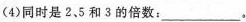
(4)同时是2，5和3的倍数：___ 。